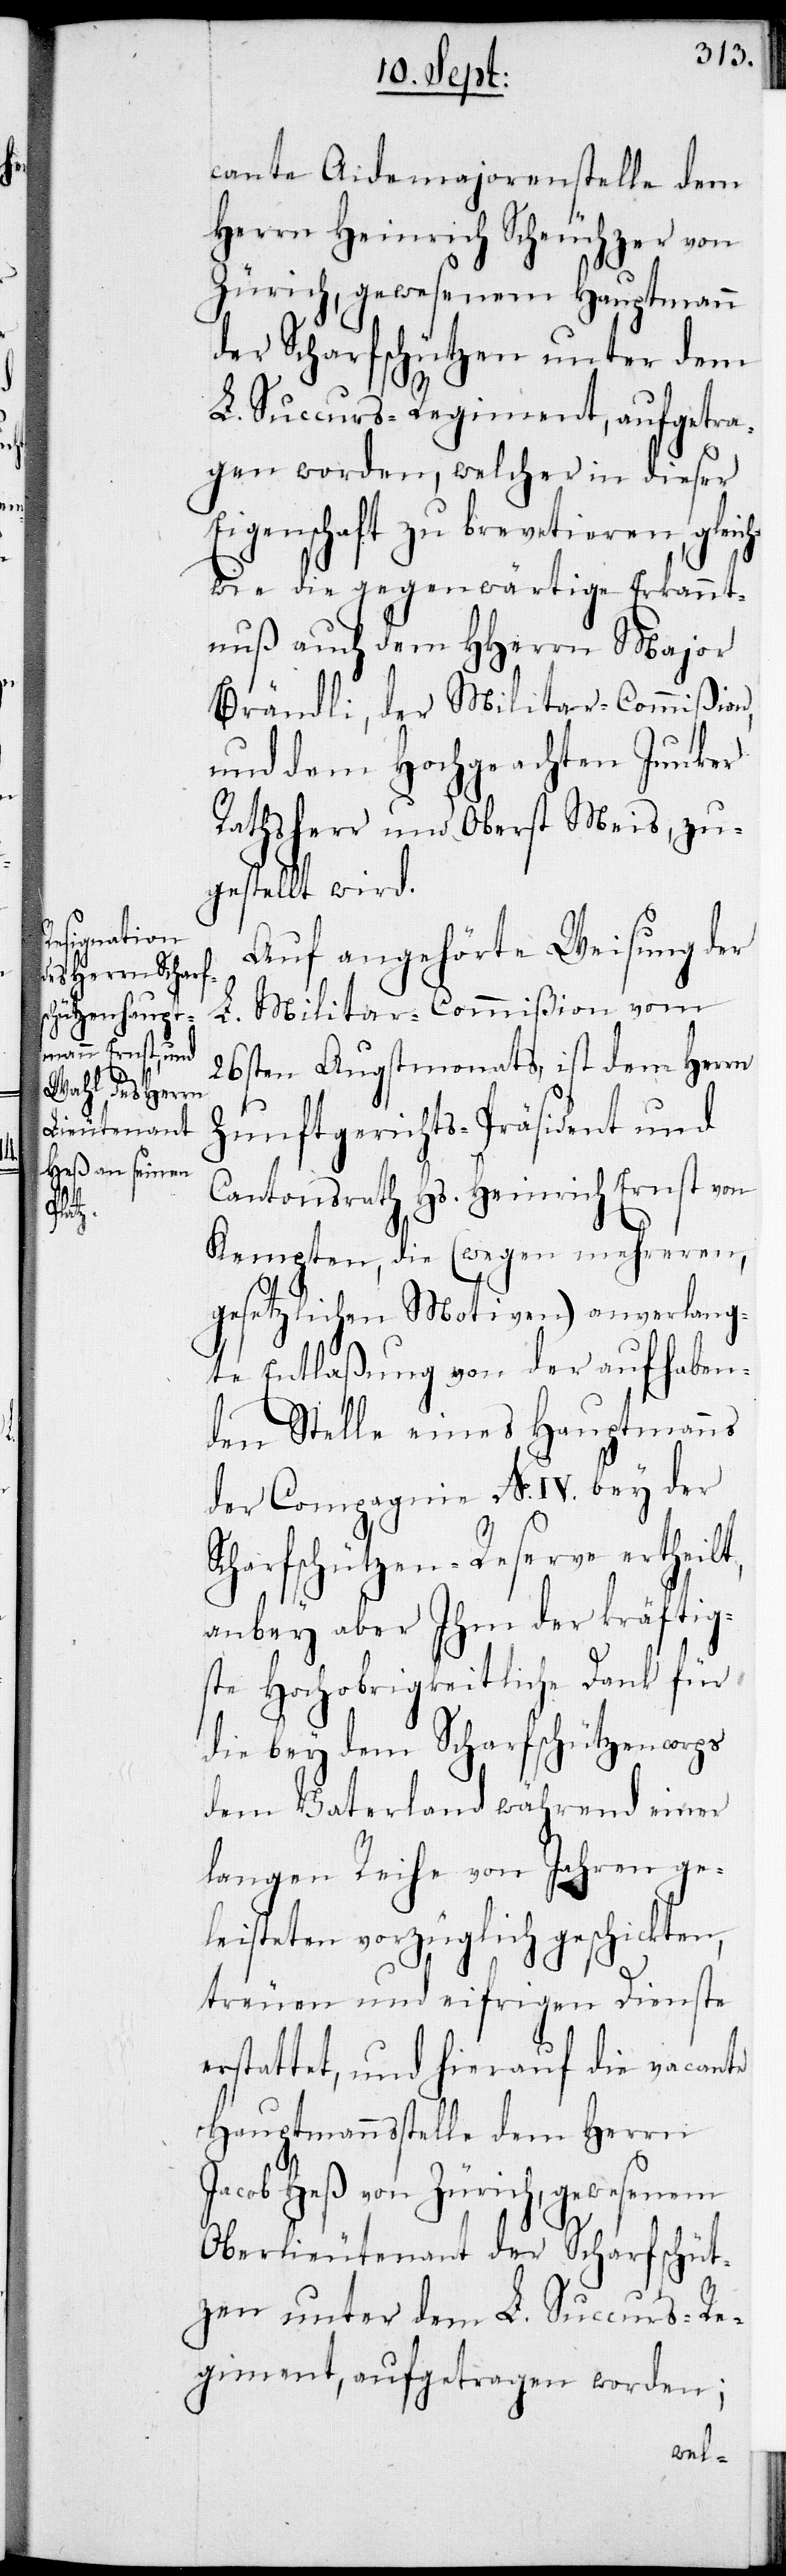
S¬

cante Aidemajorenstelle dem
Herrn Heinrich Scheuchzer von
Zürich, gewesenem Hauptmann
der Scharfschützen unter dem
L. Succurs-Regiment, aufgetra¬
gen worden, welcher in dieser
Eigenschaft zu brevetieren, gleic¬
hwie die gegenwärtige Erkannt¬
nuß auch dem HHerrn Major
Brändli, der Militar-Commißion,
und dem Hochgeachten Junker
Rathsherr und Oberst Meis, zu¬
gestellt wird.
Auf angehörte Weisung der
L. Militar-Commißion vom
26sten Augstmonats ist dem Herrn
Zunftgerichts-Präsident und
Cantonsrath Hs. Heinrich Ernst von
Kempten, die (wegen mehreren,
gesetzlichen Motiven) anverlang¬
te Entlaßung von der aufhaben¬
den Stelle eines Hauptmanns
der Compagnie No. IV. bey der
charfschützen-Reserve ertheilt,
anbey aber Ihm der kräftig¬
ste Hochobrigkeitliche Dank für
die bey dem Scharfschützencorps
dem Vaterland während einer
langen Reihe von Jahren ge¬
leisteten vorzüglich geschickten,
treuen und eifrigen Dienste
erstattet, und hierauf die vacante
Hauptmannsstelle dem Herrn
Jacob Heß von Zürich, gewesenem
Oberlieutenant der Scharfschüt¬
zen unter dem L. Succurs-Re¬
giment, aufgetragen worden;